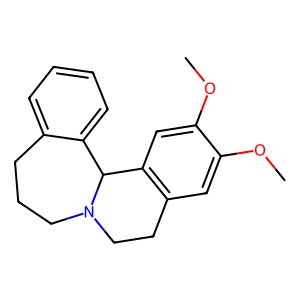
SMILES: COc1cc2c(cc1OC)C1c3ccccc3CCCN1CC2
Inhibits HIV replication: No